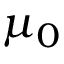
\mu _ { 0 }